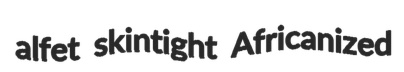
alfet skintight Africanized